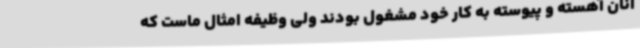
آنان آهسته و پیوسته به کار خود مشغول بودند ولی وظیفه امثال ماست که